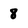
Character: 8